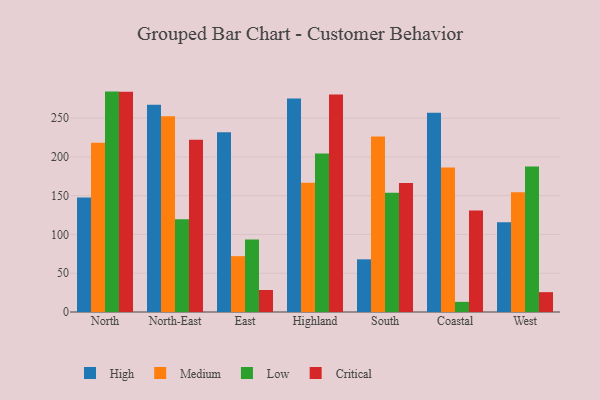
{"axis": {"x": "Region", "y": "Customer Acquisition Cost (USD)"}, "legend": ["Critical", "High", "Low", "Medium"], "data": [{"x": "North", "y": 147.5, "type": "High"}, {"x": "North", "y": 218.4, "type": "Medium"}, {"x": "North", "y": 284.2, "type": "Low"}, {"x": "North", "y": 284.1, "type": "Critical"}, {"x": "North-East", "y": 267.1, "type": "High"}, {"x": "North-East", "y": 252.4, "type": "Medium"}, {"x": "North-East", "y": 119.6, "type": "Low"}, {"x": "North-East", "y": 222.0, "type": "Critical"}, {"x": "East", "y": 231.9, "type": "High"}, {"x": "East", "y": 72.0, "type": "Medium"}, {"x": "East", "y": 93.4, "type": "Low"}, {"x": "East", "y": 28.4, "type": "Critical"}, {"x": "Highland", "y": 275.4, "type": "High"}, {"x": "Highland", "y": 166.8, "type": "Medium"}, {"x": "Highland", "y": 204.5, "type": "Low"}, {"x": "Highland", "y": 280.4, "type": "Critical"}, {"x": "South", "y": 67.9, "type": "High"}, {"x": "South", "y": 226.2, "type": "Medium"}, {"x": "South", "y": 153.7, "type": "Low"}, {"x": "South", "y": 166.4, "type": "Critical"}, {"x": "Coastal", "y": 256.8, "type": "High"}, {"x": "Coastal", "y": 186.3, "type": "Medium"}, {"x": "Coastal", "y": 13.1, "type": "Low"}, {"x": "Coastal", "y": 131.0, "type": "Critical"}, {"x": "West", "y": 115.6, "type": "High"}, {"x": "West", "y": 154.5, "type": "Medium"}, {"x": "West", "y": 187.7, "type": "Low"}, {"x": "West", "y": 25.6, "type": "Critical"}]}